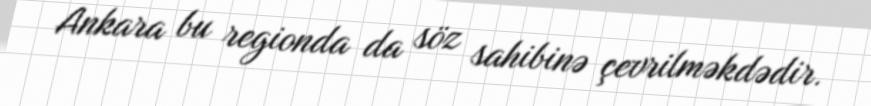
Ankara bu regionda da söz sahibinə çevrilməkdədir.